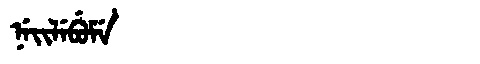
Manchu: ᠨᡝᡳᠯᡝᠪᡠᠮᡝ
Romanization: NEILEBUME